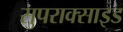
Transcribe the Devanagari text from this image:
सुपराक्साइड